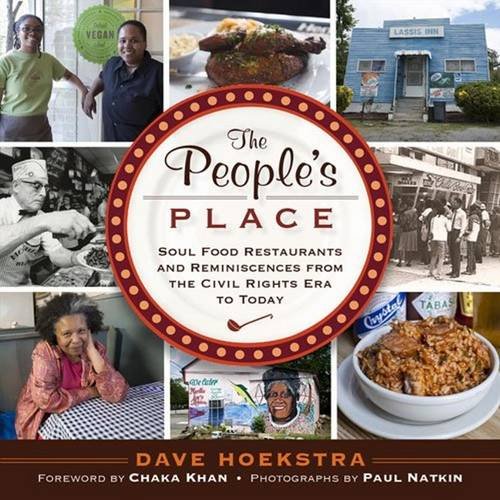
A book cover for The People's Place: Soul Food Restaurants and Reminiscences from the Civil Rights Era to Today; Dave Hoekstra; Cookbooks, Food & Wine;